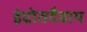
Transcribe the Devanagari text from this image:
इंद्रोतदैवाय